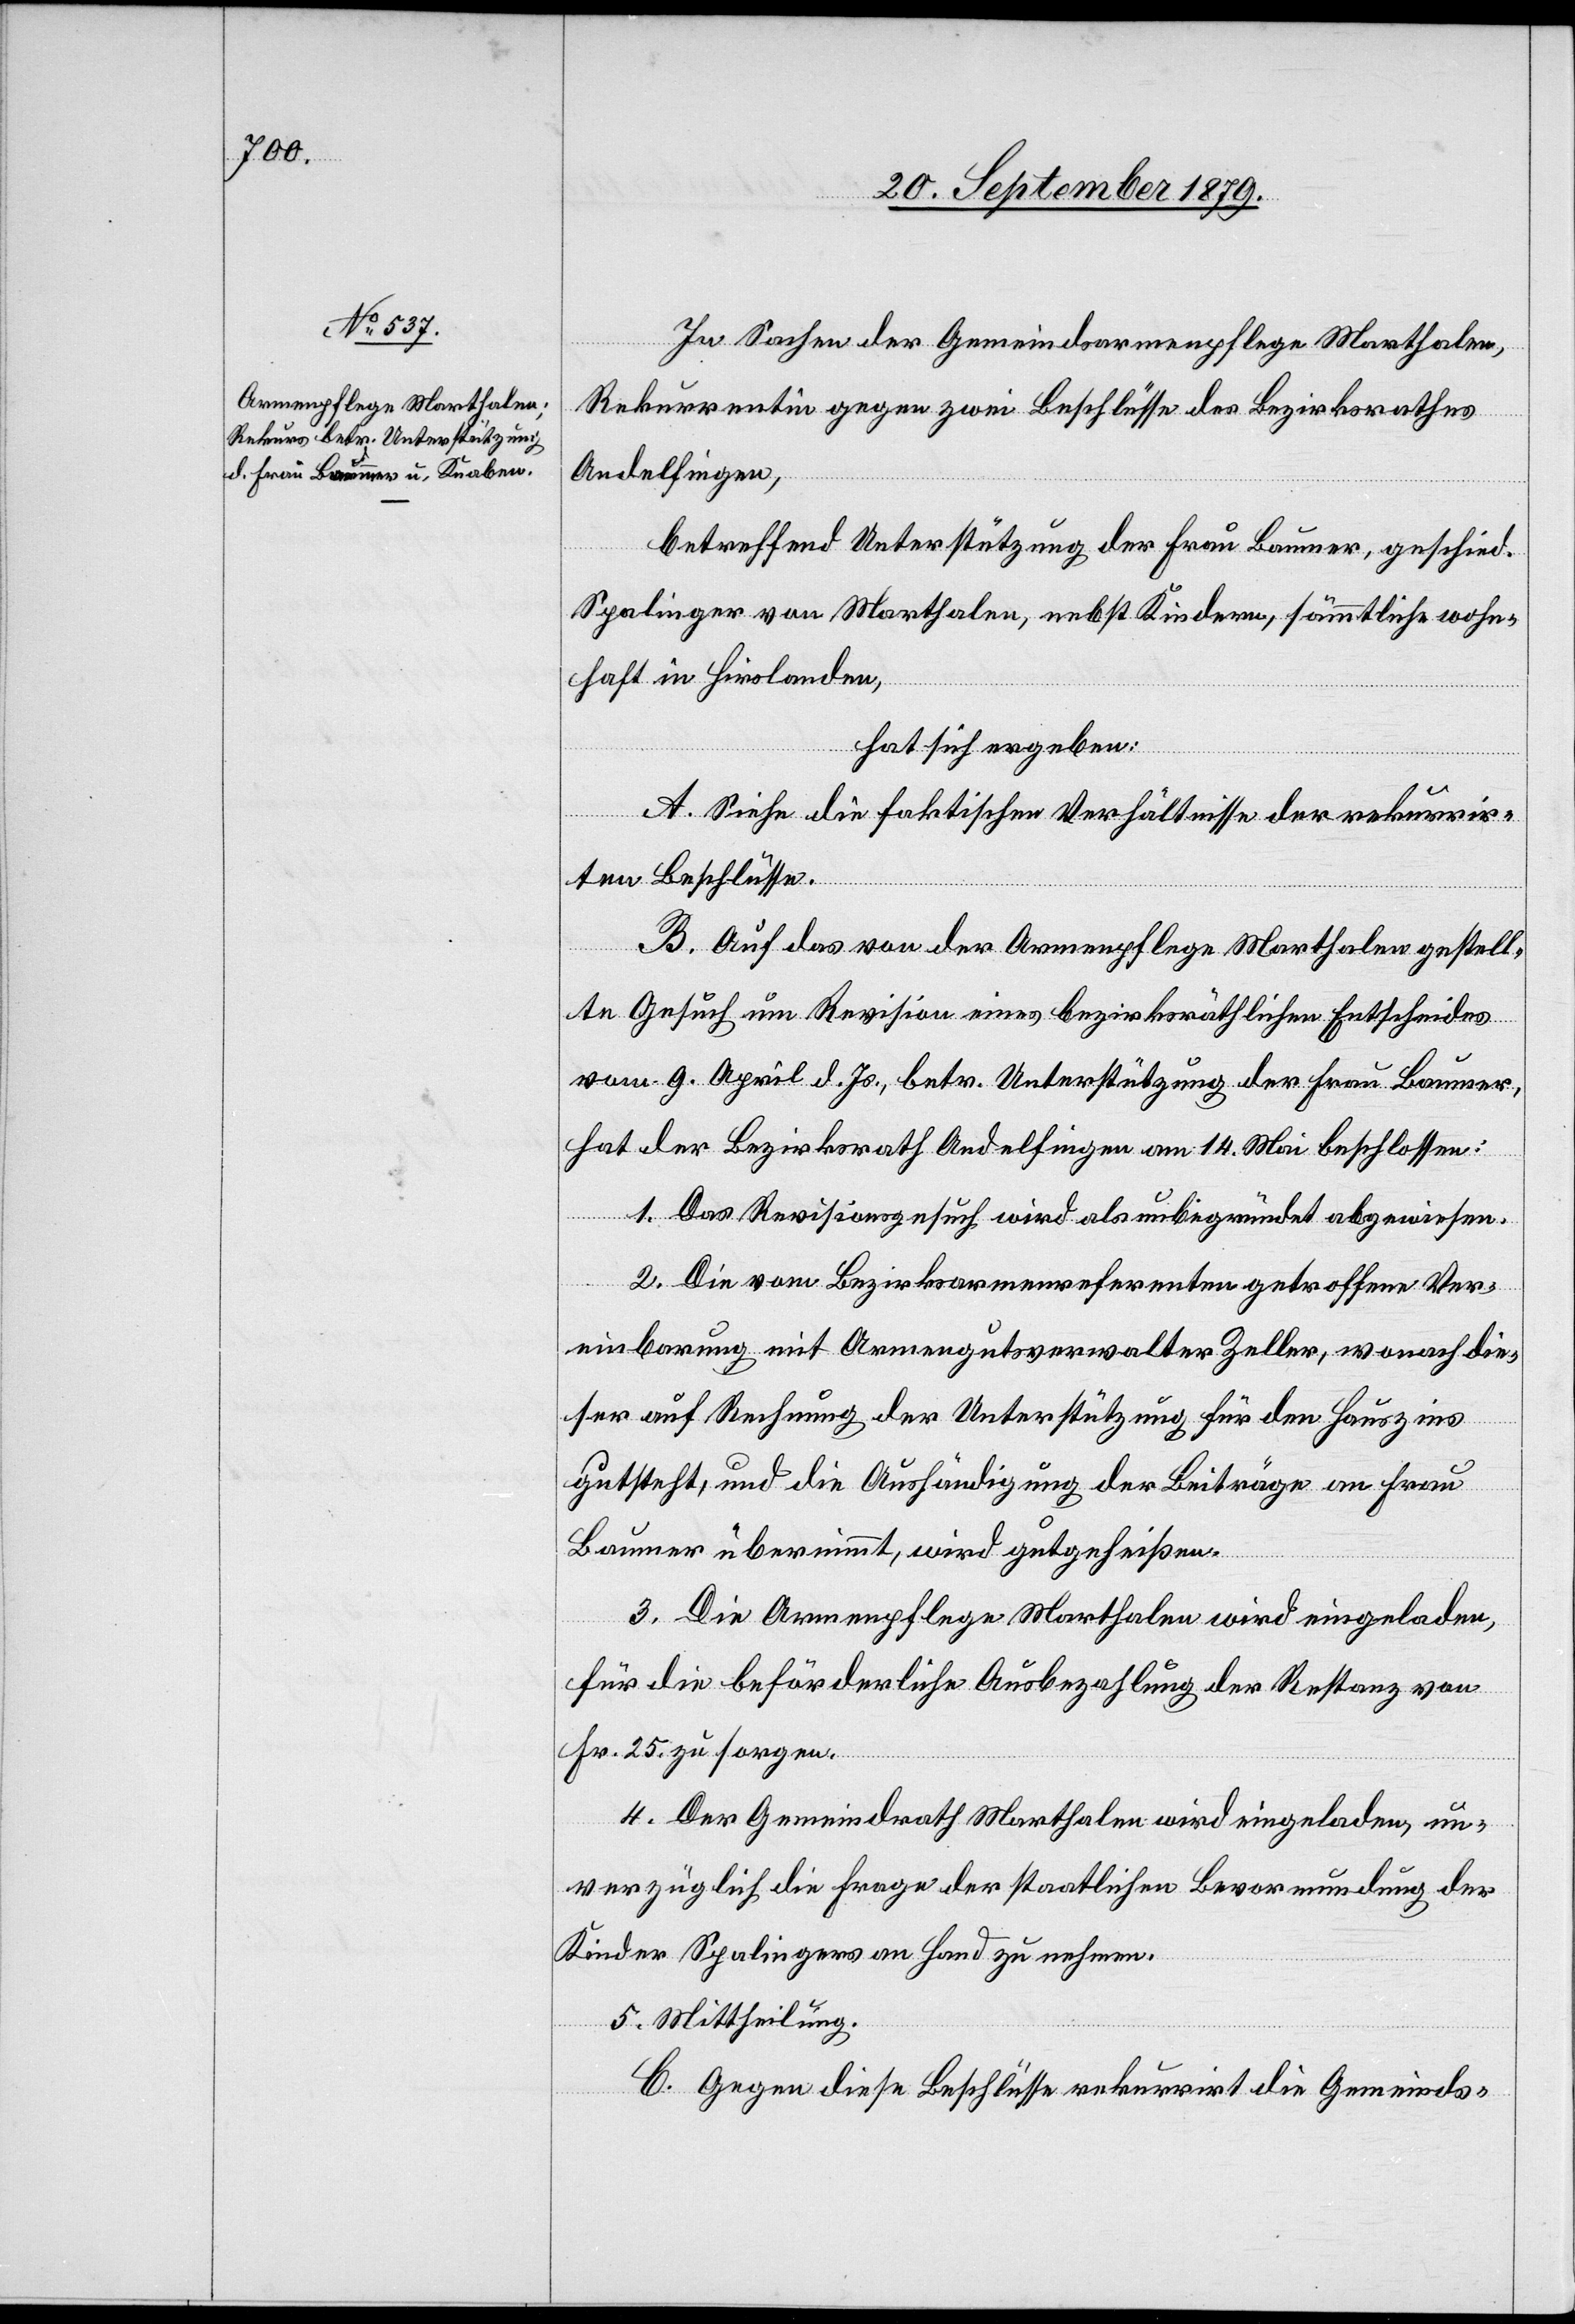
In Sachen der Gemeindsarmenpflege Marthalen,
Rekurrentin gegen zwei Beschlüsse des Bezirksrathes
Andelfingen,
betreffend Unterstützung der Frau Baumer, geschied.
Spalinger von Marthalen, nebst Kindern, sämmtliche wohn¬
haft in Hirslanden,
hat sich ergeben:
A. Siehe die faktischen Verhältnisse der rekurrir¬
ten Beschlüsse.
B. Auf das von der Armenpflege Marthalen gestell¬
te Gesuch um Revision eines bezirksräthlichen Entscheides
vom 9. April d. Js., betr. Unterstützung der Frau Baumer,
hat der Bezirksrath Andelfingen am 14. Mai beschlossen:
1. Das Revisionsgesuch wird als unbegründet abgewiesen.
2. Die vom Bezirksarmenreferenten getroffene Ver¬
einbarung mit Armengutsverwalter Zeller, wonach die¬
ser auf Rechnung der Unterstützung für den Hauszins
gutsteht, und die Aushändigung der Beiträge an Frau
Baumer übernimmt, wird gutgeheißen.
3. Die Armenpflege Marthalen wird eingeladen,
für die beförderliche Ausbezahlung der Restanz von
Fr. 25 zu sorgen.
4. Der Gemeindrath Marthalen wird eingeladen, un¬
verzüglich die Frage der staatlichen Bevormundung der
Kinder Spalingers an Hand zu nehmen.
5. Mittheilung.
C. Gegen diese Beschlüsse rekurrirt die Gemeinds-